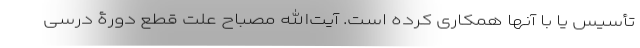
تأسیس یا با آنها همکاری کرده است. آیت‌الله مصباح علت قطع دورۀ درسی